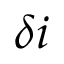
\delta i